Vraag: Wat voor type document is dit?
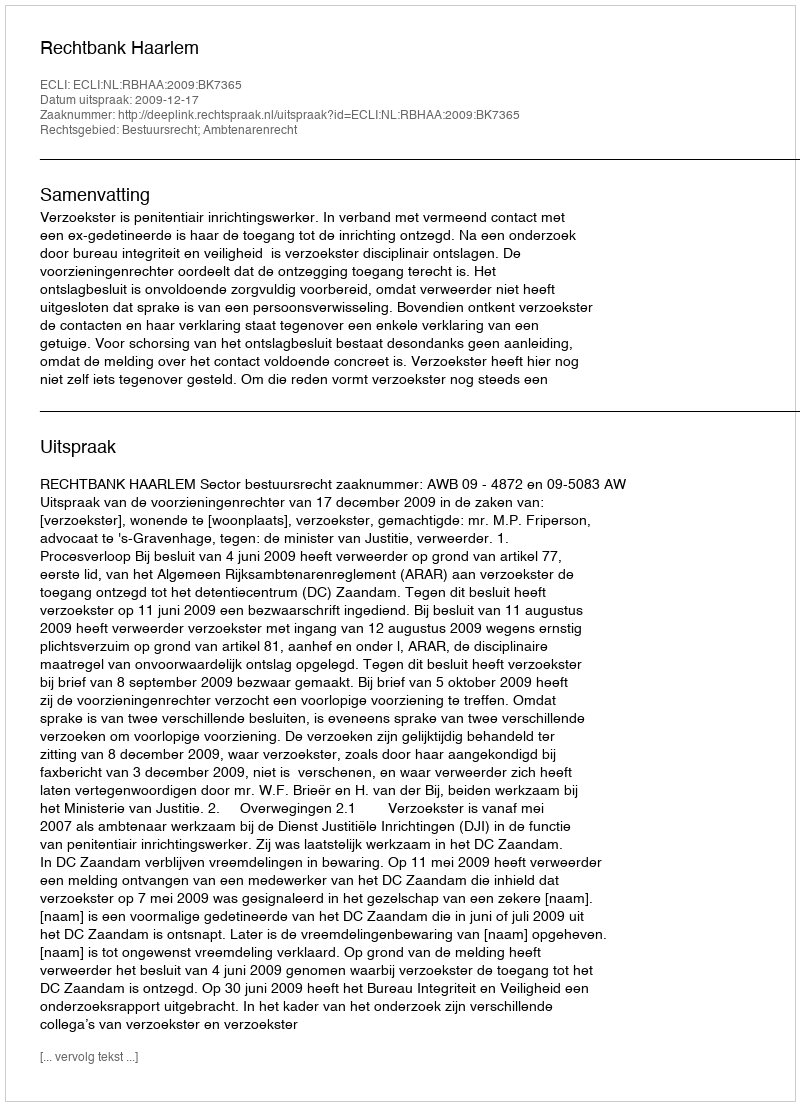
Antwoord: Uitspraak